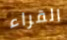
القراء